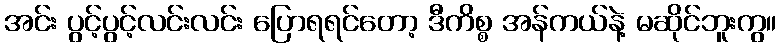
အင်း ပွင့်ပွင့်လင်းလင်း ပြောရရင်တော့ ဒီကိစ္စ အန်ကယ်နဲ့ မဆိုင်ဘူးကွ။